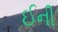
ઈની